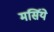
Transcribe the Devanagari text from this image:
मर्सिये